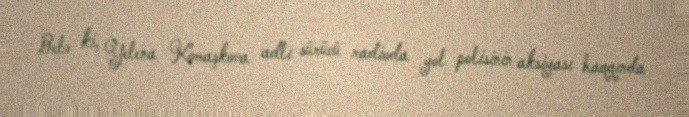
Belə ki, Yelena Komaşkova adlı sürücü radioda yol polisinin aksiyası haqqında